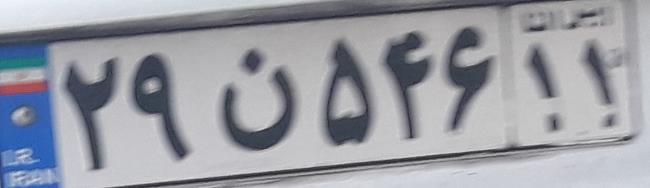
۲۹ن۵۴۶۱۱